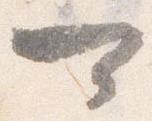
可